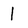
Character: 1